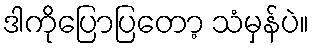
ဒါကိုပြောပြတော့ သံမှန်ပဲ။